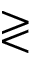
\gtrless